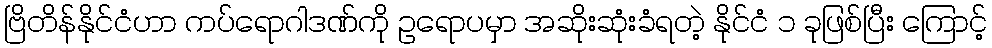
ဗြိတိန်နိုင်ငံဟာ ကပ်ရောဂါဒဏ်ကို ဥရောပမှာ အဆိုးဆုံးခံရတဲ့ နိုင်ငံ ၁ ခုဖြစ်ပြီး ကြောင့်